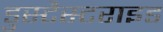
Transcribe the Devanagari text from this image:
डुस्टैस्टराइड